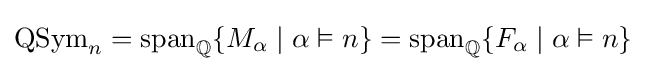
\operatorname {QSym} _{n}=\operatorname {span} _{\mathbb {Q} }\{M_{\alpha }\mid \alpha \vDash n\}=\operatorname {span} _{\mathbb {Q} }\{F_{\alpha }\mid \alpha \vDash n\}